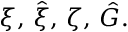
\xi , \, \hat { \xi } , \, \zeta , \, \hat { G } .